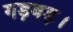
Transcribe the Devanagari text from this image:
गड़बड़।